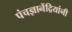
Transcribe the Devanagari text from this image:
पंचज्ञानेंद्रियांनी